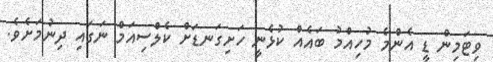
ވިޓަމިން ޑީ އެންމެ މުހިއްމު ބައެއް ކުޅެނީ ހަށިގަނޑަށް ކެލްސިއަމް ނަގައި ދިނުމަށެވެ.